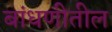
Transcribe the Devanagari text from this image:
बांधणीतील